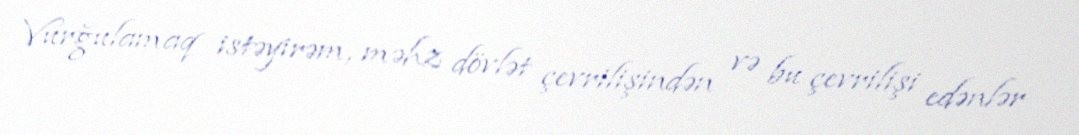
Vurğulamaq istəyirəm, məhz dövlət çevrilişindən və bu çevrilişi edənlər